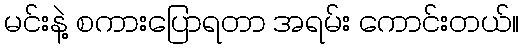
မင်းနဲ့ စကားပြောရတာ အရမ်း ကောင်းတယ်။